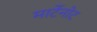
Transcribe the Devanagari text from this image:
मार्टेनोट